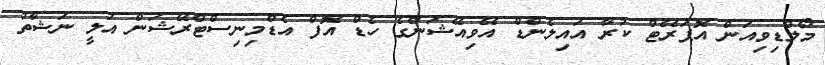
މޯލްޑިވިއަން އޮޕަރޭޓް ކުރާ އައިލެންޑް އޭވިއޭޝަންގެ ހެޑް އޮފް އެޑްމިނިސްޓްރޭޝަން އަލީ ނަޝާތު